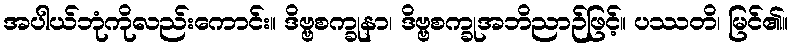
အပါယ်ဘုံကိုလည်းကောင်း။ ဒိဗ္ဗစက္ခုနာ၊ ဒိဗ္ဗစက္ခုအဘိညာဉ်ဖြင့်။ ပဿတိ၊ မြင်၏။